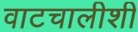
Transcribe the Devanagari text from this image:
वाटचालीशी